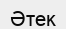
Әтек